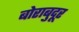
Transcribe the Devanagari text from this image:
बोराबुदूर